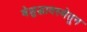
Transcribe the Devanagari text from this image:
बेशुद्धावस्थेतून